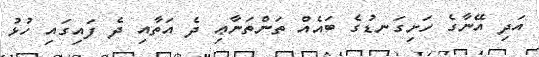
އަދި އޭނާގެ ހަށިގަނޑުގެ ބައެއް ތަންތަނާޢި ދެ އަތާއި ދެ ފައިގައި ހުޅު